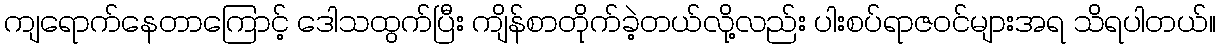
ကျရောက်နေတာကြောင့် ဒေါသထွက်ပြီး ကျိန်စာတိုက်ခဲ့တယ်လို့လည်း ပါးစပ်ရာဇဝင်များအရ သိရပါတယ်။